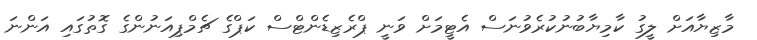
މާޒިޔާއަށް ލީގު ކާމިޔާބުނުކުރެވުނަސް އެޓީމަށް ވަނީ ޕްރެޒިޑެންޓްސް ކަޕްގެ ޗެމްޕިއަނުންގެ ގޮތުގައި އަންނަ